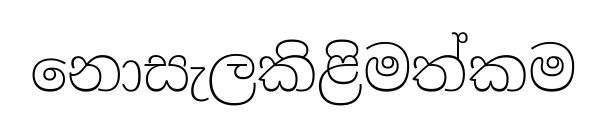
නොසැලකිළිමත්කම